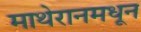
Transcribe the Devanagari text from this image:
माथेरानमधून